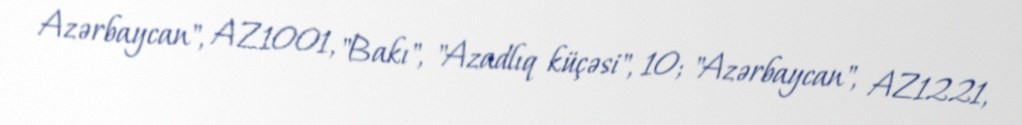
Azərbaycan", AZ1001, "Bakı", "Azadlıq küçəsi", 10; "Azərbaycan", AZ1221,